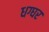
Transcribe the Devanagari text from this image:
धग्घर